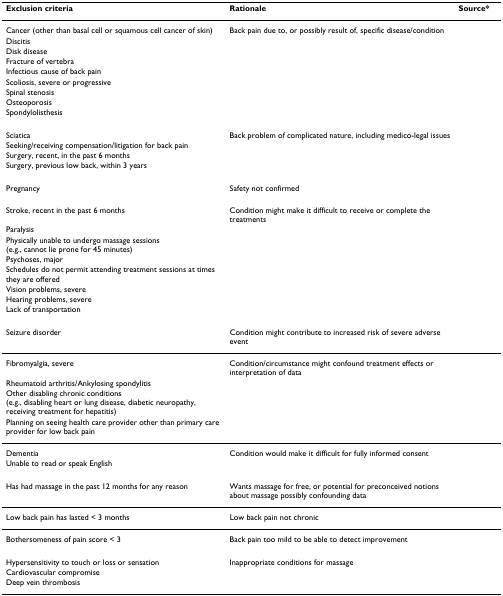
<table><thead><tr><td><b>Exclusion criteria</b></td><td><b>Rationale</b></td><td><b>Source*</b></td></tr></thead><tbody><tr><td>Cancer (other than basal cell or squamous cell cancer of skin)</td><td>Back pain due to, or possibly result of, specific disease/condition</td><td>[EMPTY_CELL]</td></tr><tr><td>Discitis</td><td>[EMPTY_CELL]</td><td>[EMPTY_CELL]</td></tr><tr><td>Disk disease</td><td>[EMPTY_CELL]</td><td>[EMPTY_CELL]</td></tr><tr><td>Fracture of vertebra</td><td>[EMPTY_CELL]</td><td>[EMPTY_CELL]</td></tr><tr><td>Infectious cause of back pain</td><td>[EMPTY_CELL]</td><td>[EMPTY_CELL]</td></tr><tr><td>Scoliosis, severe or progressive</td><td>[EMPTY_CELL]</td><td>[EMPTY_CELL]</td></tr><tr><td>Spinal stenosis</td><td>[EMPTY_CELL]</td><td>[EMPTY_CELL]</td></tr><tr><td>Osteoporosis</td><td>[EMPTY_CELL]</td><td>[EMPTY_CELL]</td></tr><tr><td>Spondylolisthesis</td><td>[EMPTY_CELL]</td><td>[EMPTY_CELL]</td></tr><tr><td>Sciatica</td><td>Back problem of complicated nature, including medico-legal issues</td><td>[EMPTY_CELL]</td></tr><tr><td>Seeking/receiving compensation/litigation for back pain</td><td>[EMPTY_CELL]</td><td>[EMPTY_CELL]</td></tr><tr><td>Surgery, recent, in the past 6 months</td><td>[EMPTY_CELL]</td><td>[EMPTY_CELL]</td></tr><tr><td>Surgery, previous low back, within 3 years</td><td>[EMPTY_CELL]</td><td>[EMPTY_CELL]</td></tr><tr><td>Pregnancy</td><td>Safety not confirmed</td><td>[EMPTY_CELL]</td></tr><tr><td>Stroke, recent in the past 6 months</td><td>Condition might make it difficult to receive or complete the treatments</td><td>[EMPTY_CELL]</td></tr><tr><td>Paralysis</td><td>[EMPTY_CELL]</td><td>[EMPTY_CELL]</td></tr><tr><td>Physically unable to undergo massage sessions (e.g., cannot lie prone for 45 minutes)</td><td>[EMPTY_CELL]</td><td>[EMPTY_CELL]</td></tr><tr><td>Psychoses, major</td><td>[EMPTY_CELL]</td><td>[EMPTY_CELL]</td></tr><tr><td>Schedules do not permit attending treatment sessions at times they are offered</td><td>[EMPTY_CELL]</td><td>[EMPTY_CELL]</td></tr><tr><td>Vision problems, severe</td><td>[EMPTY_CELL]</td><td>[EMPTY_CELL]</td></tr><tr><td>Hearing problems, severe</td><td>[EMPTY_CELL]</td><td>[EMPTY_CELL]</td></tr><tr><td>Lack of transportation</td><td>[EMPTY_CELL]</td><td>[EMPTY_CELL]</td></tr><tr><td>Seizure disorder</td><td>Condition might contribute to increased risk of severe adverse event</td><td>[EMPTY_CELL]</td></tr><tr><td>Fibromyalgia, severe</td><td>Condition/circumstance might confound treatment effects orinterpretation of data</td><td>[EMPTY_CELL]</td></tr><tr><td>Rheumatoid arthritis/Ankylosing spondylitis</td><td>[EMPTY_CELL]</td><td>[EMPTY_CELL]</td></tr><tr><td>Other disabling chronic conditions (e.g., disabling heart or lung disease, diabetic neuropathy, receiving treatment for hepatitis)</td><td>[EMPTY_CELL]</td><td>[EMPTY_CELL]</td></tr><tr><td>Planning on seeing health care provider other than primary care provider for low back pain</td><td>[EMPTY_CELL]</td><td>[EMPTY_CELL]</td></tr><tr><td>Dementia</td><td>Condition would make it difficult for fully informed consent</td><td>[EMPTY_CELL]</td></tr><tr><td>Unable to read or speak English</td><td>[EMPTY_CELL]</td><td>[EMPTY_CELL]</td></tr><tr><td>Has had massage in the past 12 months for any reason</td><td>Wants massage for free, or potential for preconceived notions about massage possibly confounding data</td><td>[EMPTY_CELL]</td></tr><tr><td>Low back pain has lasted &lt; 3 months</td><td>Low back pain not chronic</td><td>[EMPTY_CELL]</td></tr><tr><td>Bothersomeness of pain score &lt; 3</td><td>Back pain too mild to be able to detect improvement</td><td>[EMPTY_CELL]</td></tr><tr><td>Hypersensitivity to touch or loss or sensation</td><td>Inappropriate conditions for massage</td><td>[EMPTY_CELL]</td></tr><tr><td>Cardiovascular compromise</td><td>[EMPTY_CELL]</td><td>[EMPTY_CELL]</td></tr><tr><td>Deep vein thrombosis</td><td>[EMPTY_CELL]</td><td>[EMPTY_CELL]</td></tr></tbody></table>